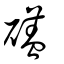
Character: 礚